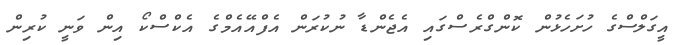
އީގަލްސްގެ ހުށަހެޅުން ކޮންގްރެސްގައި އެޖެންޑާ ނުކުރަން އެފްއޭއެމްގެ އެކްސްކޯ އިން ވަނީ ކުރިން